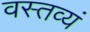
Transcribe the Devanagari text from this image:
वस्तव्यं